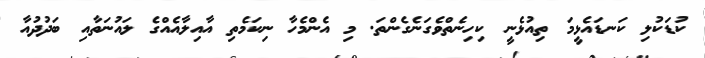
ކުޑަކުލި ކަނޑައެޅީމަ ތިއުޅެނީ ކިހިނެތްވެގަނެގެންތަ. މި އެންމެހާ ނިކަމެތި އާއިލާއެއްގެ ލައުނަތާއި ބަދުދުއާ